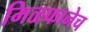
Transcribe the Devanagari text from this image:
मिळफानेच